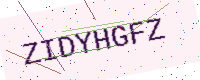
Text: ZIDYHGFZ